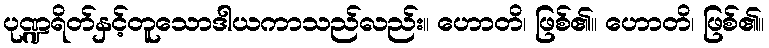
ပုဏ္ဍရိတ်နှင့်တူသောဒါယကာသည်လည်း။ ဟောတိ၊ ဖြစ်၏။ ဟောတိ၊ ဖြစ်၏။